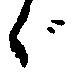
ゞ